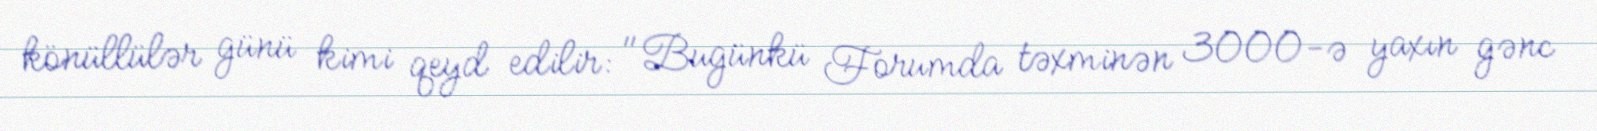
könüllülər günü kimi qeyd edilir: "Bugünkü Forumda təxminən 3000-ə yaxın gənc